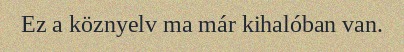
Ez a köznyelv ma már kihalóban van.